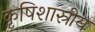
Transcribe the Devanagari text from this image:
कृषिशास्रीय